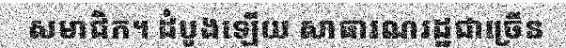
សមាជិក។ ដំបូងឡើយ សាធារណរដ្ឋជាច្រើន